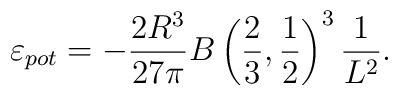
\varepsilon_{pot} = - \frac{2R^3}{27\pi} B\left  ( \frac{2}{3},\frac{1}{2}\right)^3 \frac{1}{L^2} .